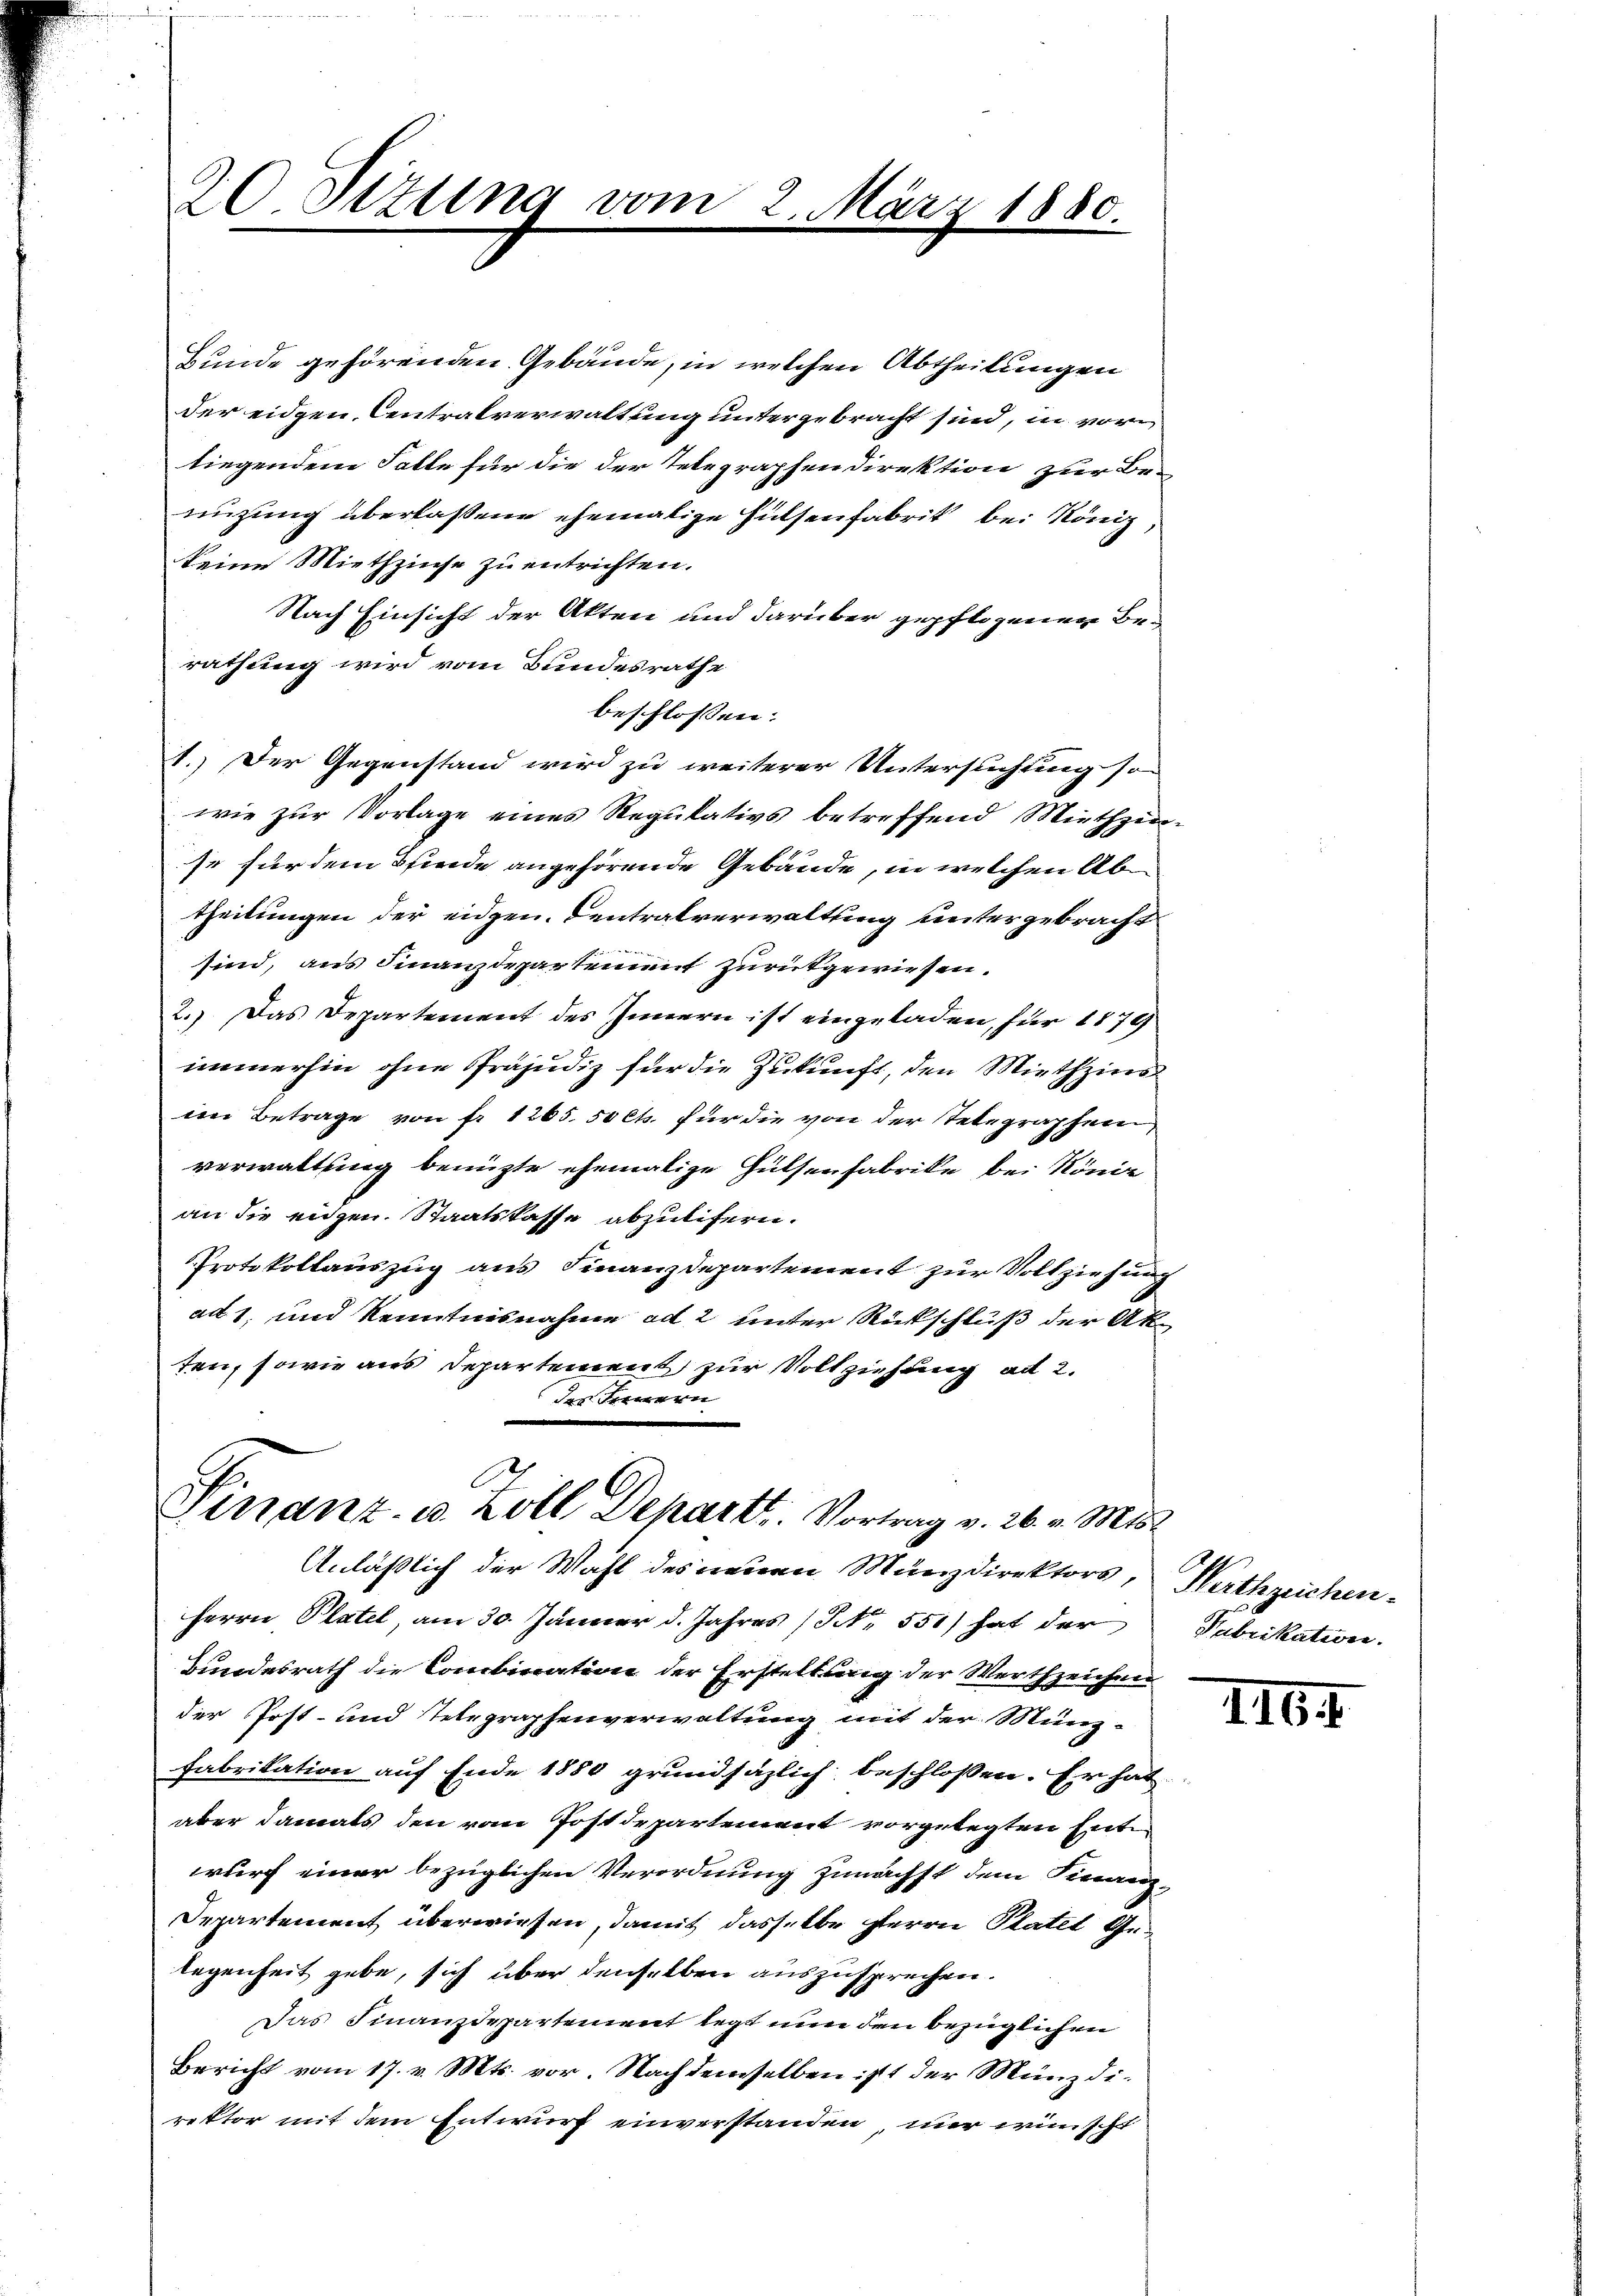
20. Stzung vom

Bunde gehörenden Gebäude, in welchen Abtheilungen
der eidgen. Centralverwaltung untergebracht sind, in vorliegendem Falle für die der Telegraphen direktion zur Be-
üzung überlassene ehemalige Hülsenfabrik bei König,
keine Miethzinse zu entrichten.
Nach Einsicht der Akten und darüber gepflogenen Berathung wird vom Bundesrathe
beschlossen:
1.) Der Gegenstand wird zu weiterer Untersuchung so
wie zur Vorlage eines Regulativs betreffend Miethzin-
so für dem Pfinde angehörende Gebäude, in welchen Ab
theilungen der eidgen. Centralverwaltung untergebracht
sind, aus Finanzdepartement zurückgewiesen.
2.) Das Departement des Innern ist eingeladen, für 1879
immerhin ohne Präjudiz für die Zukunft, den Miethzins
im Betrage von fr. 1265. 50 Cts. für die von der Telegraphen
verwaltung benützte ehemalige Hülsenfabrike bei König
an die engen. Staatskasse abzulifern.
Protokollauszug aus Finanzdepartement zur Vollziehung
ad 1, und Kenntnisnahme ad 2 unter Rückschluß der Akten, sowie aus Departement zur Vollziehung ad 2.
des Fernern

2. März 1880.

6
Finanz- u. Zoll Depart. Vortrag v. 26. v. Mts.

Anläßlich der Wahl des neuen Münzdirektors,
Herrn Platel, am 30. Jänner d. Jahres (S. 551) hat der
Bundesrath die Citation der Erstellung der Werthzeichne
der Post- und Telegraphenverwaltung mit der Münz-
Fabrikation auf Ende 1880 grundsäzlich beschlossen. Er hat
aber damals den vom Postdepartement vorgelegten Entwurf einer bezüglichen Verordnung zunächst dem Finanz¬
Departement überwiesen, damit dasselbe Herrn Platel Gelegenheit gebe, sich über denselben auszusprechen.
Das Finanzdepartement legt nun den bezüglichen
Bericht vom 17. v. Mts. vor. Nachdemselben ist der Münzdirektor mit dem Entwurf einverstanden, nur wünscht

Werthezeichen.
Fabrikation.

164